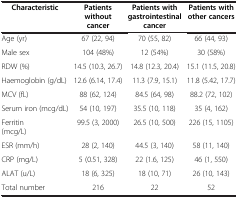
| Characteristic | Patients without cancer | Patients with gastrointestinal cancer | Patients with other cancers |
 | --- | --- | --- | --- |
 | Age (yr) | 67 (22, 94) | 70 (55, 82) | 66 (44, 93) |
 | Male sex | 104 (48%) | 12 (54%) | 30 (58%) |
 | RDW (%) | 14.5 (10.3, 26.7) | 14.8 (12.3, 20.4) | 15.1 (11.5, 20.8) |
 | Haemoglobin (g/dL) | 12.6 (6.14, 17.4) | 11.3 (7.9, 15.1) | 11.8 (5.42, 17.7) |
 | MCV (fL) | 88 (62, 124) | 84.5 (64, 98) | 88.2 (72, 102) |
 | Serum iron (mcg/dL) | 54 (10, 197) | 35.5 (10, 118) | 35 (4, 162) |
 | Ferritin (mcg/L) | 99.5 (3, 2000) | 26.5 (10, 500) | 226 (15, 1105) |
 | ESR (mm/h) | 28 (2, 140) | 44.5 (3, 140) | 58 (11, 140) |
 | CRP (mg/L) | 5 (0.51, 328) | 22 (1.6, 125) | 46 (1, 550) |
 | ALAT (u/L) | 18 (6, 325) | 18 (10, 71) | 26 (10, 143) |
 | Total number | 216 | 22 | 52 |